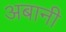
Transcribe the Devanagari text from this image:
अबानी